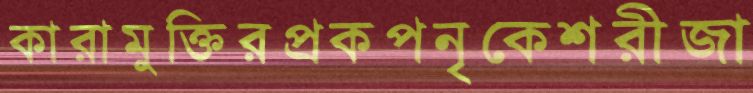
কারামুক্তিরপ্রকপনৃকেশরীজা